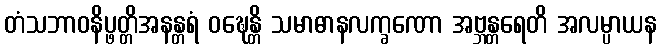
တံသဘာဝနိပ္ဖတ္တိအနန္တရံ ဝဍ္ဎေန္တိ သမာဓာနလက္ခဏော အဗ္ဘန္တရေတိ အလမ္ပာယန